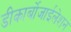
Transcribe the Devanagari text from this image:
डीकार्बोजाईलेशन